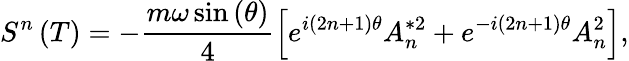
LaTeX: S^{n}\left(T\right)=-\frac{m\omega\sin\left(\theta\right)}4\left[e^{i\left(2n+1\right)\theta}A_{n}^{*2}+e^{-i\left(2n+1\right)\theta}A_{n}^{2}\right],